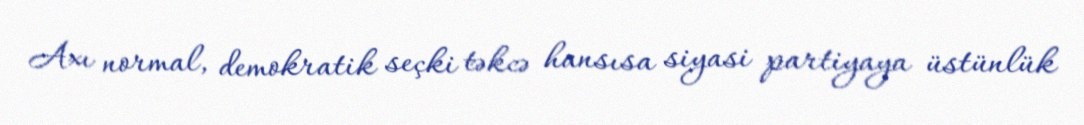
Axı normal, demokratik seçki təkcə hansısa siyasi partiyaya üstünlük